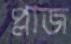
প্লাজ